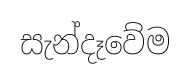
සැන්දෑවේම